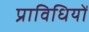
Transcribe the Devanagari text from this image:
प्राविधियों